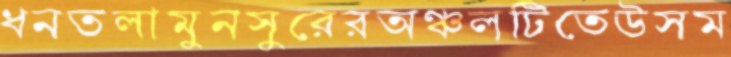
ধনতলামুনসুরেরঅঞ্চলটিতেউসম